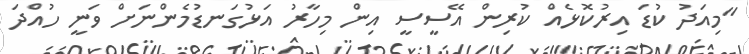
"މިއަދު ކުޑަ އިރުކޮޅެއް ކުރިން އޭސީސީ އިން މިހާރު އަޅުގަނޑުމެންނަށް ވަނީ ހުއްދަ